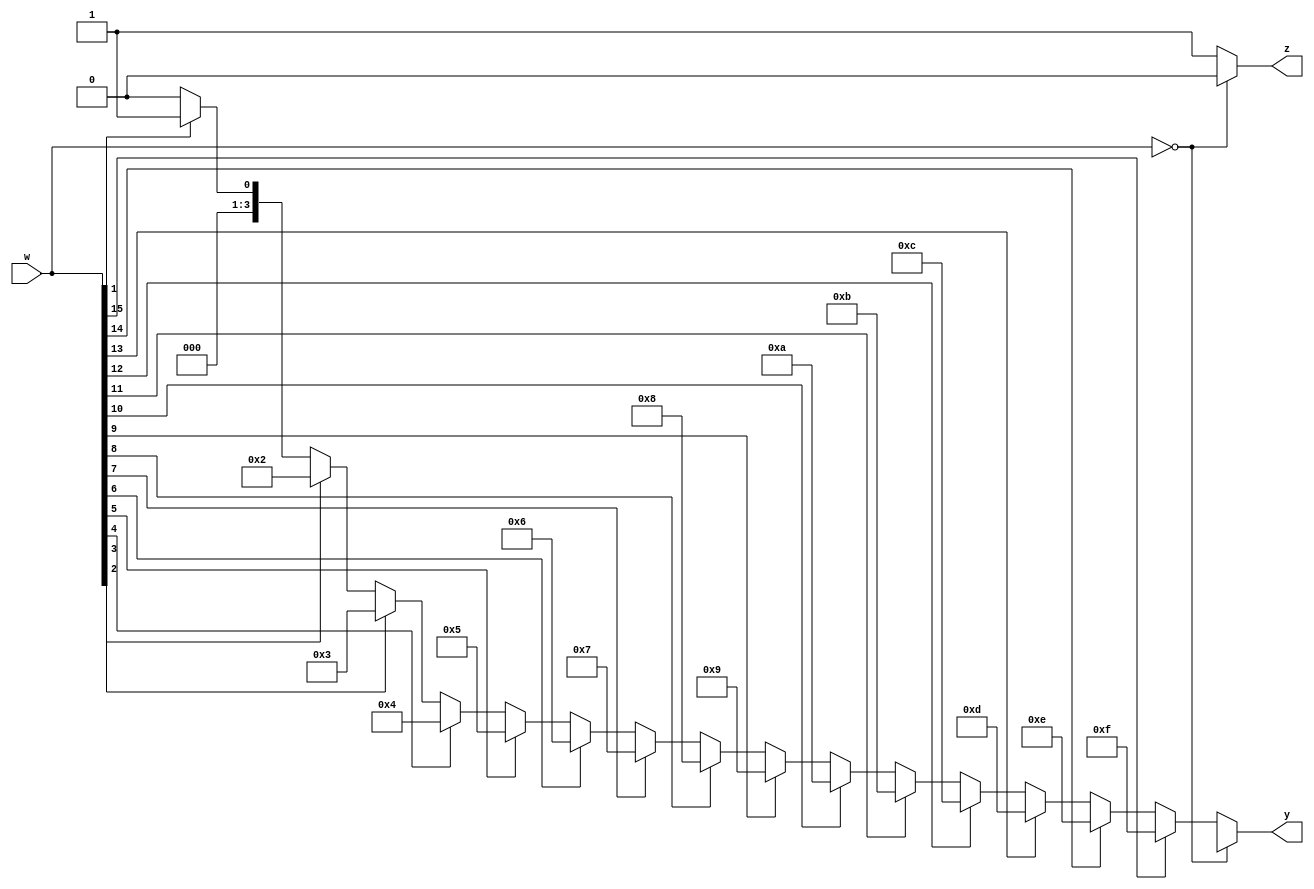
module enc16to4priority(w, y, z);
input [15:0] w;
output reg [3:0] y;
output reg z;
integer k;

always @(*) begin
    y=4'b0000;
    z=1;
    if (w==0)
    begin
        z=0;
        y=4'bxxxx;
    end
    else
    begin
        for (k=0; k<=15; k=k+1)
        begin
            if (w[k]==1)
            begin
                y=k;
            end
        end
    end
end
endmodule